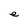
Character: e